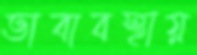
ভাবাবস্থায়